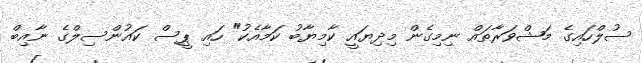
ސުލްހައިގެ މަޝްވަރާތައް ނިމިގެން މިދިޔައީ ކާމިޔާބު ކަމާއެކު" ހައި ޕީސް ކައުންސިލްގެ ނާއިބް